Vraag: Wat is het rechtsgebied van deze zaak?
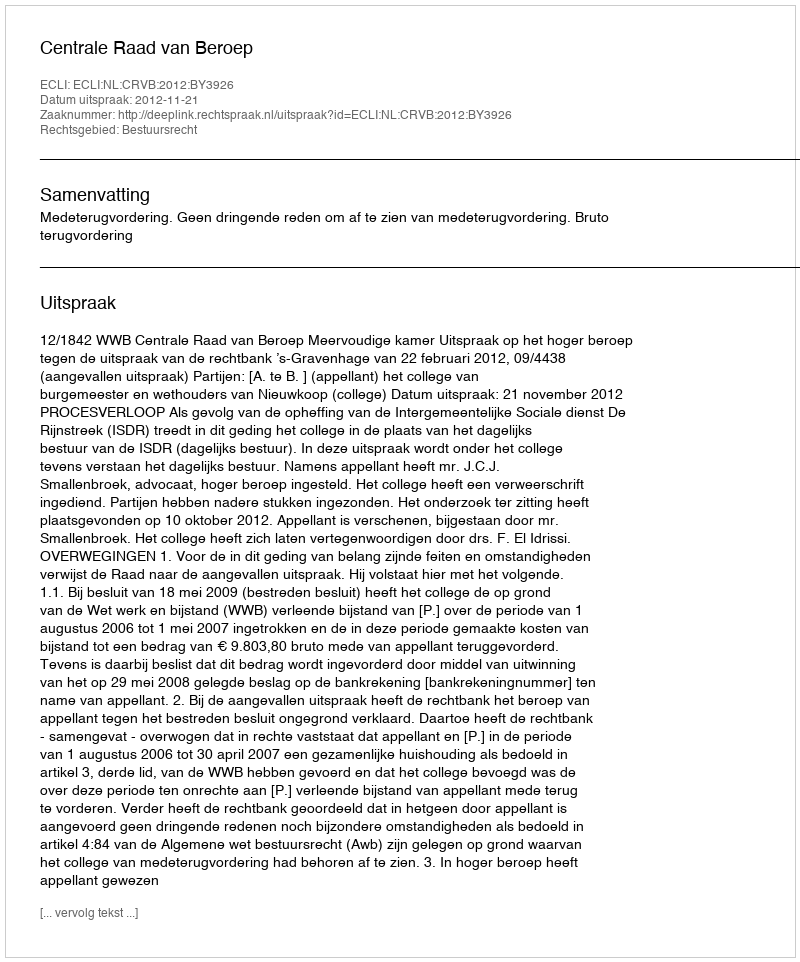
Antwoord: Bestuursrecht